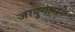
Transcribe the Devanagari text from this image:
जादुगाराने